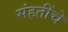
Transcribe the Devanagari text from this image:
संहतींचे